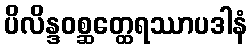
ပိလိန္ဒဝစ္ဆတ္ထေရဿာပဒါနံ